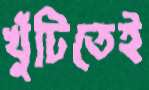
খুঁটিতেই